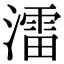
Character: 㵢